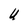
Character: U